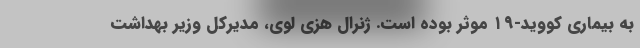
به بیماری کووید-۱۹ موثر بوده است. ژنرال هزی لوی، مدیرکل وزیر بهداشت